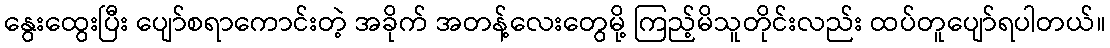
နွေးထွေးပြီး ပျော်စရာကောင်းတဲ့ အခိုက် အတန့်လေးတွေမို့ ကြည့်မိသူတိုင်းလည်း ထပ်တူပျော်ရပါတယ်။